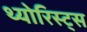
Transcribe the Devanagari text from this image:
थ्योरिस्ट्स